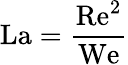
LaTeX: \mathrm{La}={\frac{\mathrm{Re}^{2}}{\mathrm{We}}}